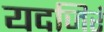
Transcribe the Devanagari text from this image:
यदजिरं